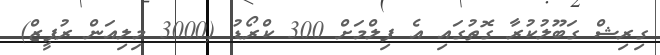
ގިރިޝް ގަބޫލުކުރާ ގޮތުގައި އެ ފިލްމަށް 300 ކްރޯޑު (3000 މިލިއަން ރުޕީޒް)